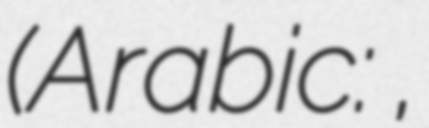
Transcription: (Arabic: رَاجُو,